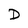
Character: D